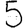
Digit: 5